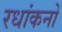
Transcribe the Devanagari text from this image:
रधांकनों